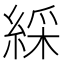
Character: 綵